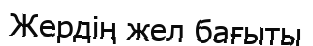
Жердің жел бағыты